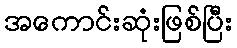
အကောင်းဆုံးဖြစ်ပြီး